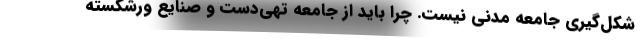
شکل‌گیری جامعه مدنی نیست. چرا باید از جامعه تهی‌دست و صنایع ورشکسته